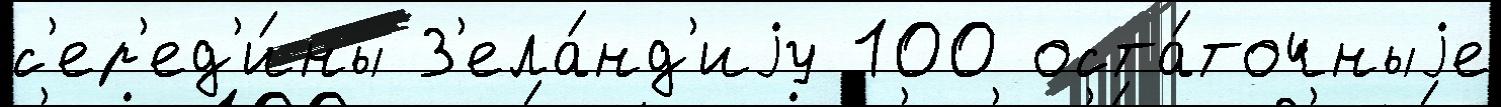
с'ер'ед'и́ны З'ела́нд'иjу 100 оста́точныjе